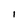
Character: I